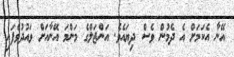
އޭނާ އެކަމަށް އެ ދެމުން ވެސް ދިޔައެވެ. އަންޖަލްގެ މަންމަ އޭނާއަށް ވައުދުވެފައި